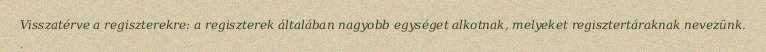
Visszatérve a regiszterekre: a regiszterek általában nagyobb egységet alkotnak, melyeket regisztertáraknak nevezünk.